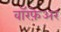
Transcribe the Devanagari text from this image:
वॉरफ़ेअर